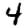
Digit: 4